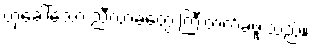
ဟုခေါ်သော ညီလာခံတွေ ကြီးတက်ခဲ့ဖူးသည်။